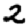
Digit: 2